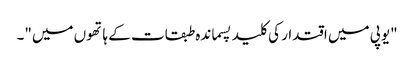
"یوپی میں اقتدار کی کلید پسماندہ طبقات کے ہاتھوں میں"۔